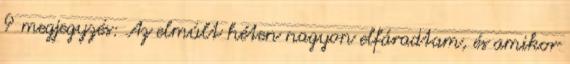
9 megjegyzés: Az elmúlt héten nagyon elfáradtam, és amikor